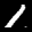
Label: 1